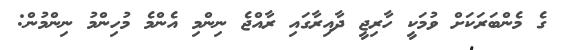
ގެ މެންބަރަކަށް ވުމަކީ ހާރިޖީ ދާއިރާގައި ރާއްޖެ ނިންމި އެންމެ މުހިންމު ނިންމުން: